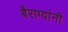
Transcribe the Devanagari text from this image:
बैराग्यांनी